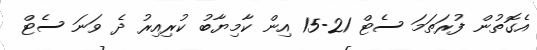
އެގޮތުން ފުރަތަމަ ސެޓް 21-15 އިން ކާމިޔާބު ކުރިއިރު ދެ ވަނަ ސެޓް